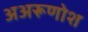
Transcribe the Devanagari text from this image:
अअरूणोश